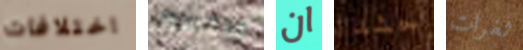
اختلافات جيفرسون ان حشد ثغرات